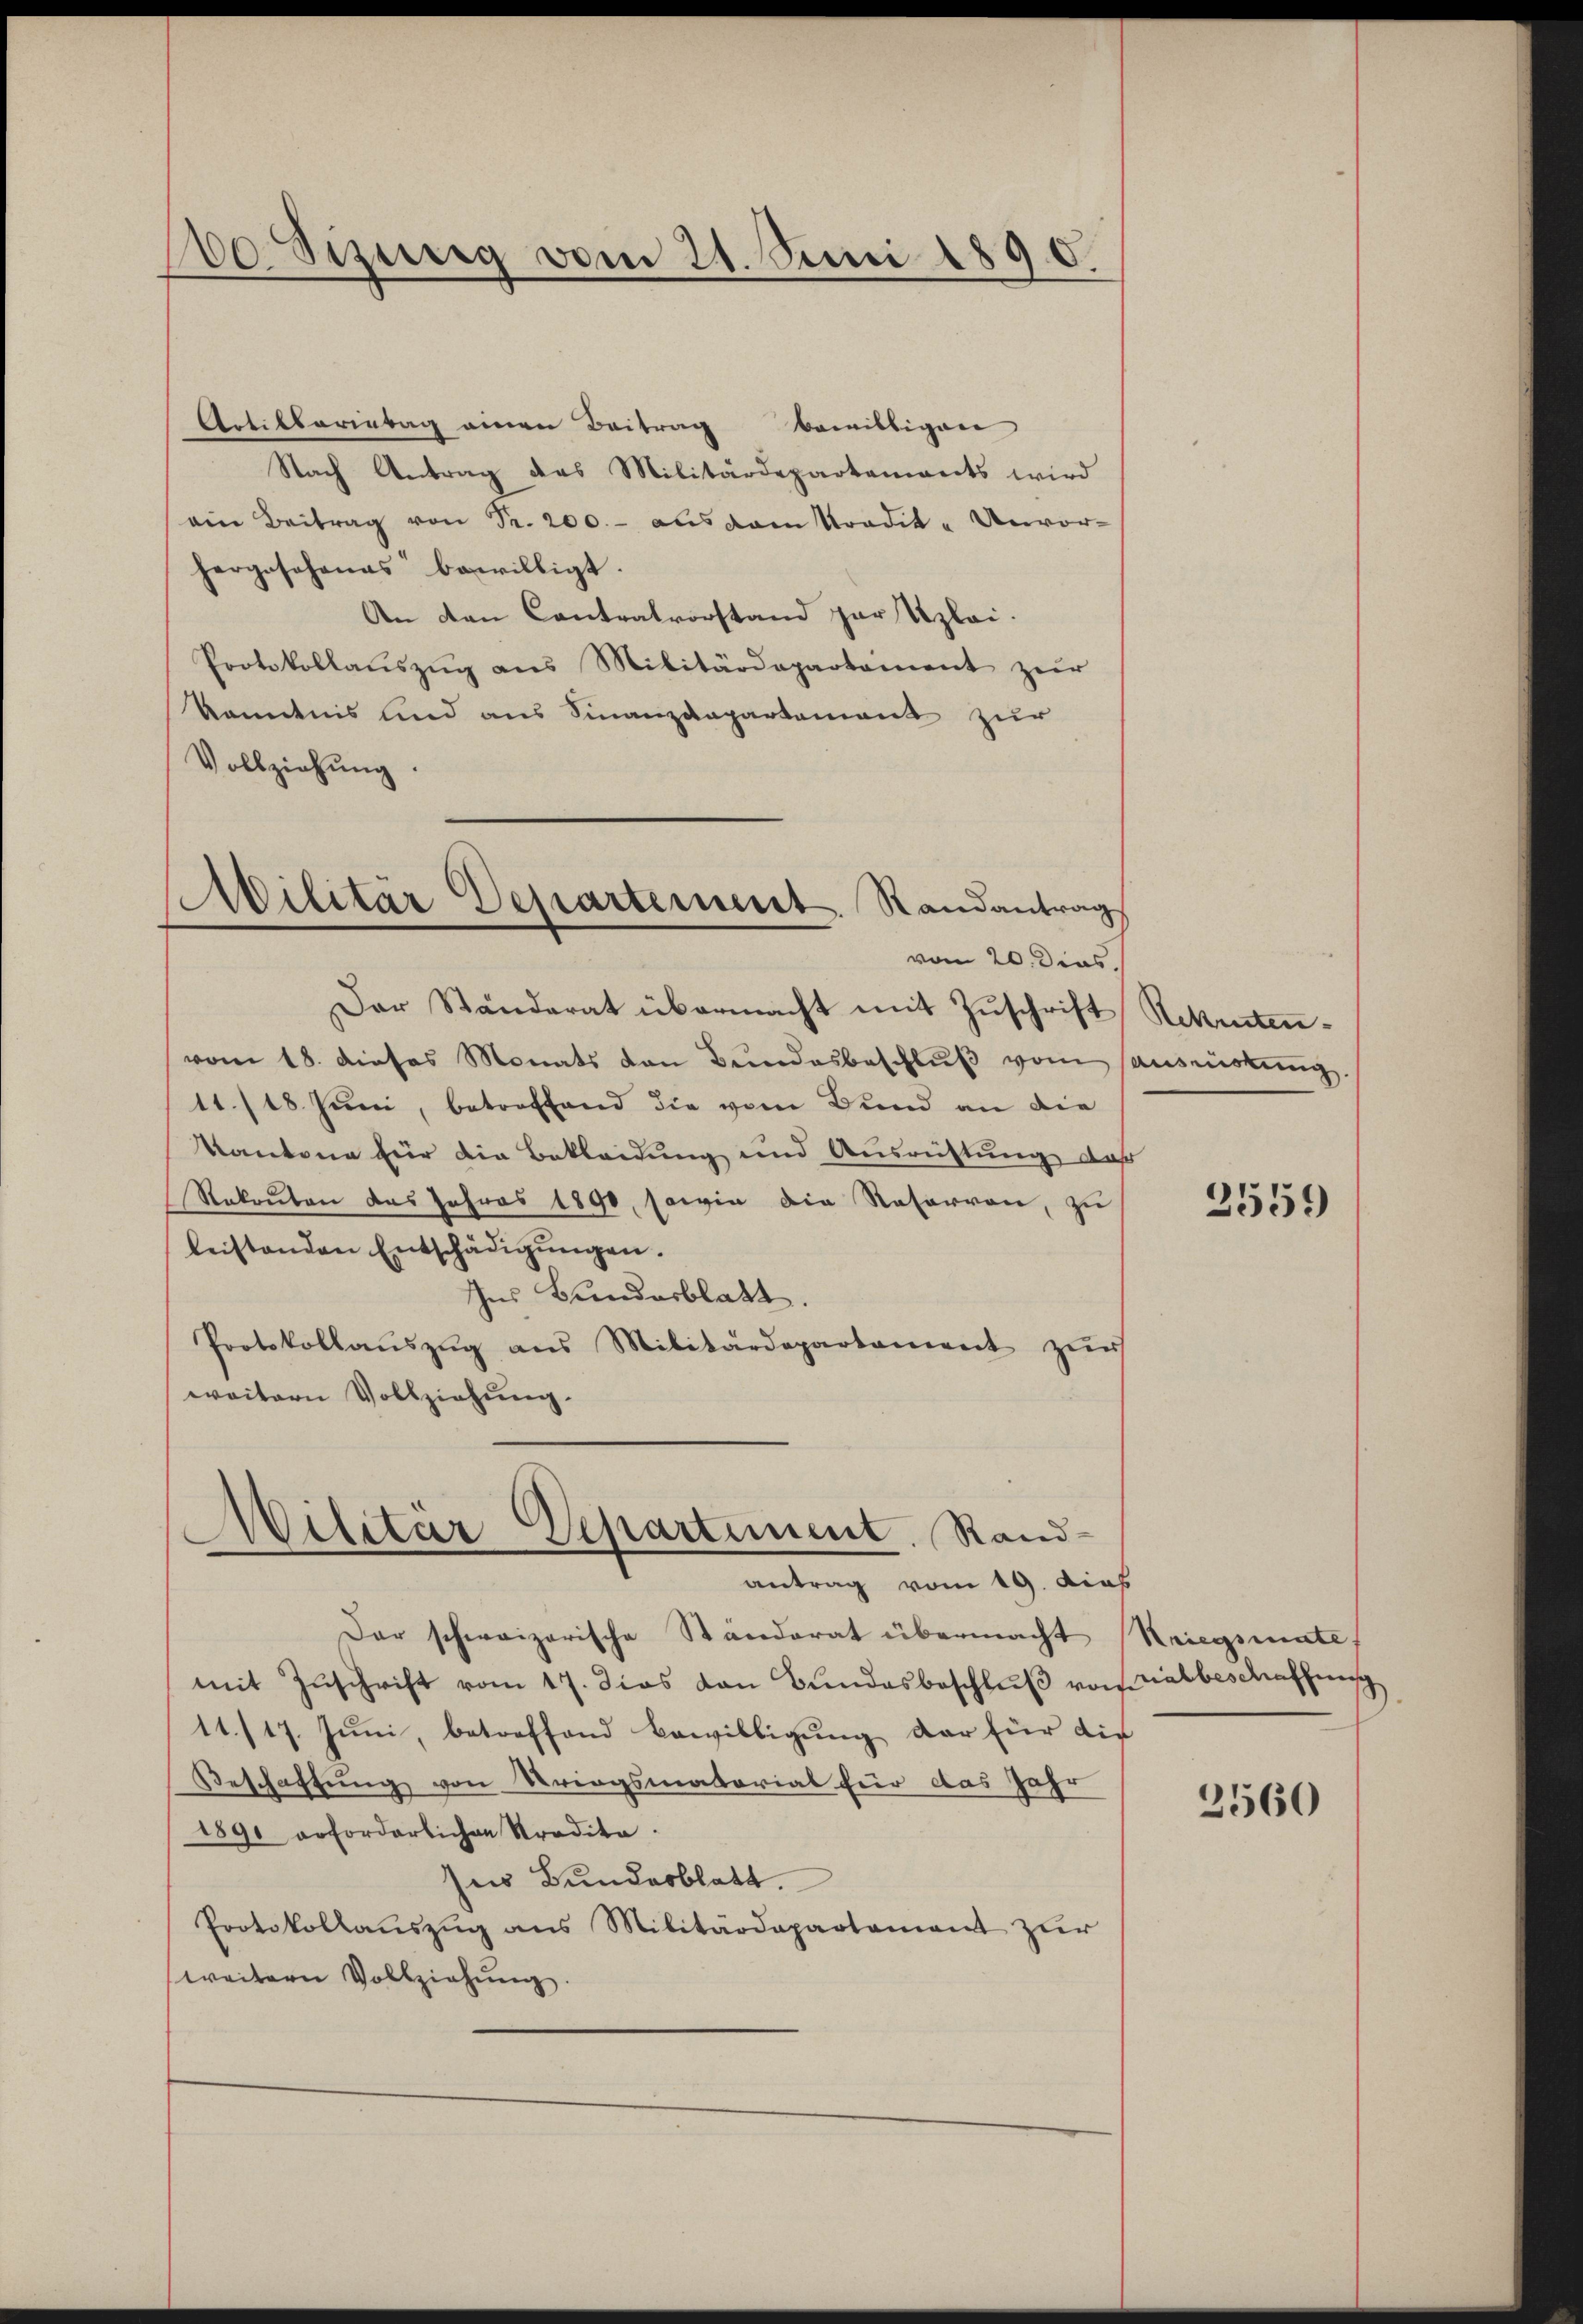
100 sizung vom 21. Juni 1890.

Militär Departement. Randantrag
von 20. Dies

Artillerietag einen Beitrag bewilligen
Nach Antrag das Militärdepartements wird
ein Beitrag von Fr. 200.- aus dem Kredit- Unvorhergesehenes bewilligt.
An den Contralvorstand zur Uzlei.
Protokollaŭszŭg ans Militärdepartement zŭr
Kenntnis und aus Finanzdepartement zur
Vollziehung.
Der Ständerat übermacht mit Zuschrift Rekrutenvom 18. dieses Monats von Bundesbeschlŭβ vom Hauswirkung.
11./18. Juni, betreffend die vom Bund an die
Kantone für die Bekleidung und Ausrüstung da
Rekruten das Jahres 1890, sowie die Reservon, zu
leistenden Entschädigŭngen.
Ins Bundesblatt.
Protokollauszug aus Militärdepartement zŭr
weitern Vollziehung.

Militär Departiment. Randantrag vom 19. dies

Der schweizerische Ständerat übermacht Kriegsmate
mit Zŭschrift vom 17. dies von Bŭndesbeschlŭβ von Kalbeschaffung
11./17. Juni, betreffend Bewilligung der für die
Beschaftung von Kriegsmatorial für das Jahr
1891 erforderlichen Stradita
ses Bundesblatt.
Protokollaŭszŭg ans Militärdepartament zur
weitern Vollziehŭng.

fes

2559

2560